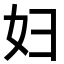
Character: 妇